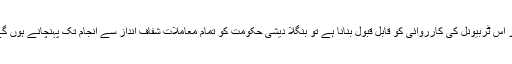
اگر اس ٹربیونل کی کارروائی کو قابلِ قبول بنانا ہے تو بنگلا دیشی حکومت کو تمام معاملات شفاف انداز سے انجام تک پہنچانے ہوں گے۔